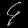
Digit: ၄